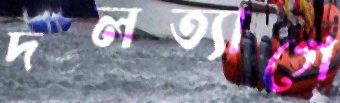
দলত্যাগে